Report of the Municipal Commissioner on the plague in Bombay for the year ending 31st May... - Volume 1
Disease focus: Plague
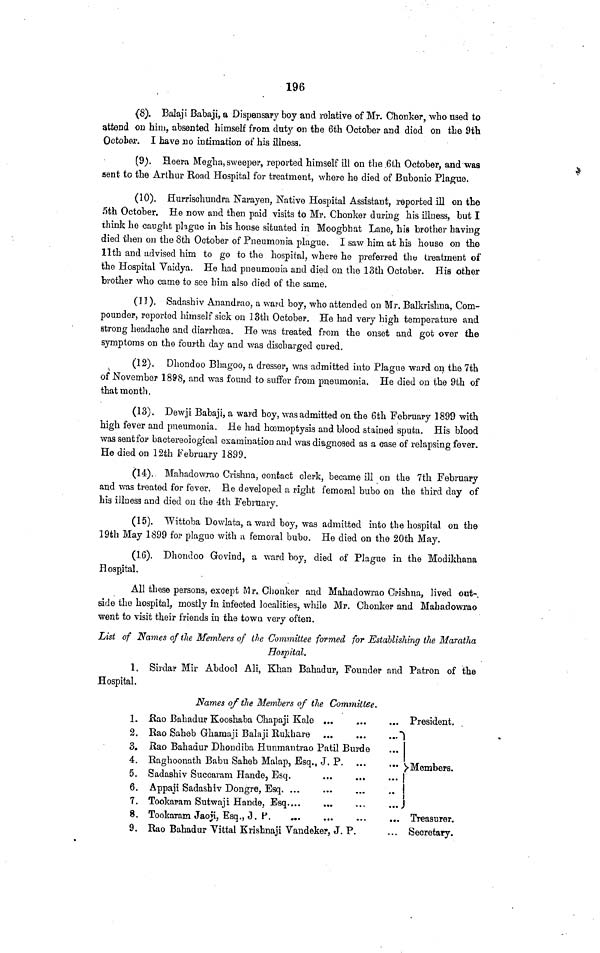
196
(8). Balají Babaji, a Dispensary boy and relative of Mr. Chonker, who used to
attend on him, absented himself from duty on the 6th October and died on the 9th
October. I have no intimation of his illness.
(9). Heera Megha, sweeper, reported himself ill on the .6th October, and was
sent- to the Arthur Road Hospital for treatment, where he died of Bubonic Plague.
(10). Hurrischundra Narayen, Native Hospital Assistant, reported ill on the
5th October. He now and then paid visits to Mr. Chonker during his illness, but I
think he caught plague in his house situated in Moogbhat Lane, his brother having
died then on the 8th October of Pneumonia plague. I saw him at his house on the
11th and advised him to go to the hospital, where he preferred the treatment of
the Hospital Vaidya. He had pneumonia and died on the 13th October. His other
brother who came to see him also died of the same.
(11). Sadashiv Anandrao, a ward boy, who attended on Mr. Balkrishna, Com-
pounder, reported himself sick on 13th October. He had very high temperature and
strong headache and diarrhoea. He was treated from, the onset and got over the
symptoms on the fourth day and was discharged cured.
(12). Dhondoo Bhagoo, a dresser, was admitted into Plague ward on the 7th
of November 1898, and was found to suffer from pneumonia. He died on the 9th of
that month.
(13). Dewji Babaji, a ward boy, was admitted on the 6th February 1899 with
high fever and pneumonia. He had haemoptysis and blood stained sputa. His blood
was sent for bactereoiogical examination and was diagnosed as a case of relapsing fever.
He died on 12th February 1899.
(14). Mahadowrao Crishna, contact clerk, became ill on the 7th February
and was treated for fever. He developed a right femoral bubo on the third day of
his illness and died on the 4th February.
(15). Wittoba Dowlata, a ward boy, was admitted into the hospital on the
19th May 1899 for plague with a femoral bubo. He died on the 20th May.
(16). Dhondoo Govind, a ward boy, died of Plague in the Modikhana
Hospjtal.
All these persons, except Mr. Chonker and Mahadowrao Crishna, lived out-
side the hospital, mostly in infected localities, while Mr. Chonker and Mahadowrao
went to visit their friends in the town very often.
List of Names of the Members of the Committee formed for Establishing the Maratha
Hospital.
1. Sirdar Mir Abdool Ali, Khan Bahadur, Founder and Patron of the
Hospital.
Names of the Members of the Committee.
1.
2.
3.
4.
5.
6.
7.
8.
9.
ßao Bahadur Kooshaba Chapaji Kale
Eao Saheb Ghamaji Balaji Eukhare
Üao Bahadur Dhondiba Hunmantrao
Raghoonath Babu Saheb Malap, Esq.
Sadashiv Succaram Hande, Esq.
Tookarain Jaoji, Esq., 3. P.
...
President.
Patil Burde
, J. P
• ·*
* · ·
···
Rao Bahadur Vittal Krishnaji Vandeker, J. P.
Members.
Treasurer.
Secretary.